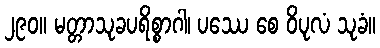
၂၉၀။ မတ္တာသုခပရိစ္စာဂါ၊ ပဿေ စေ ဝိပုလံ သုခံ။